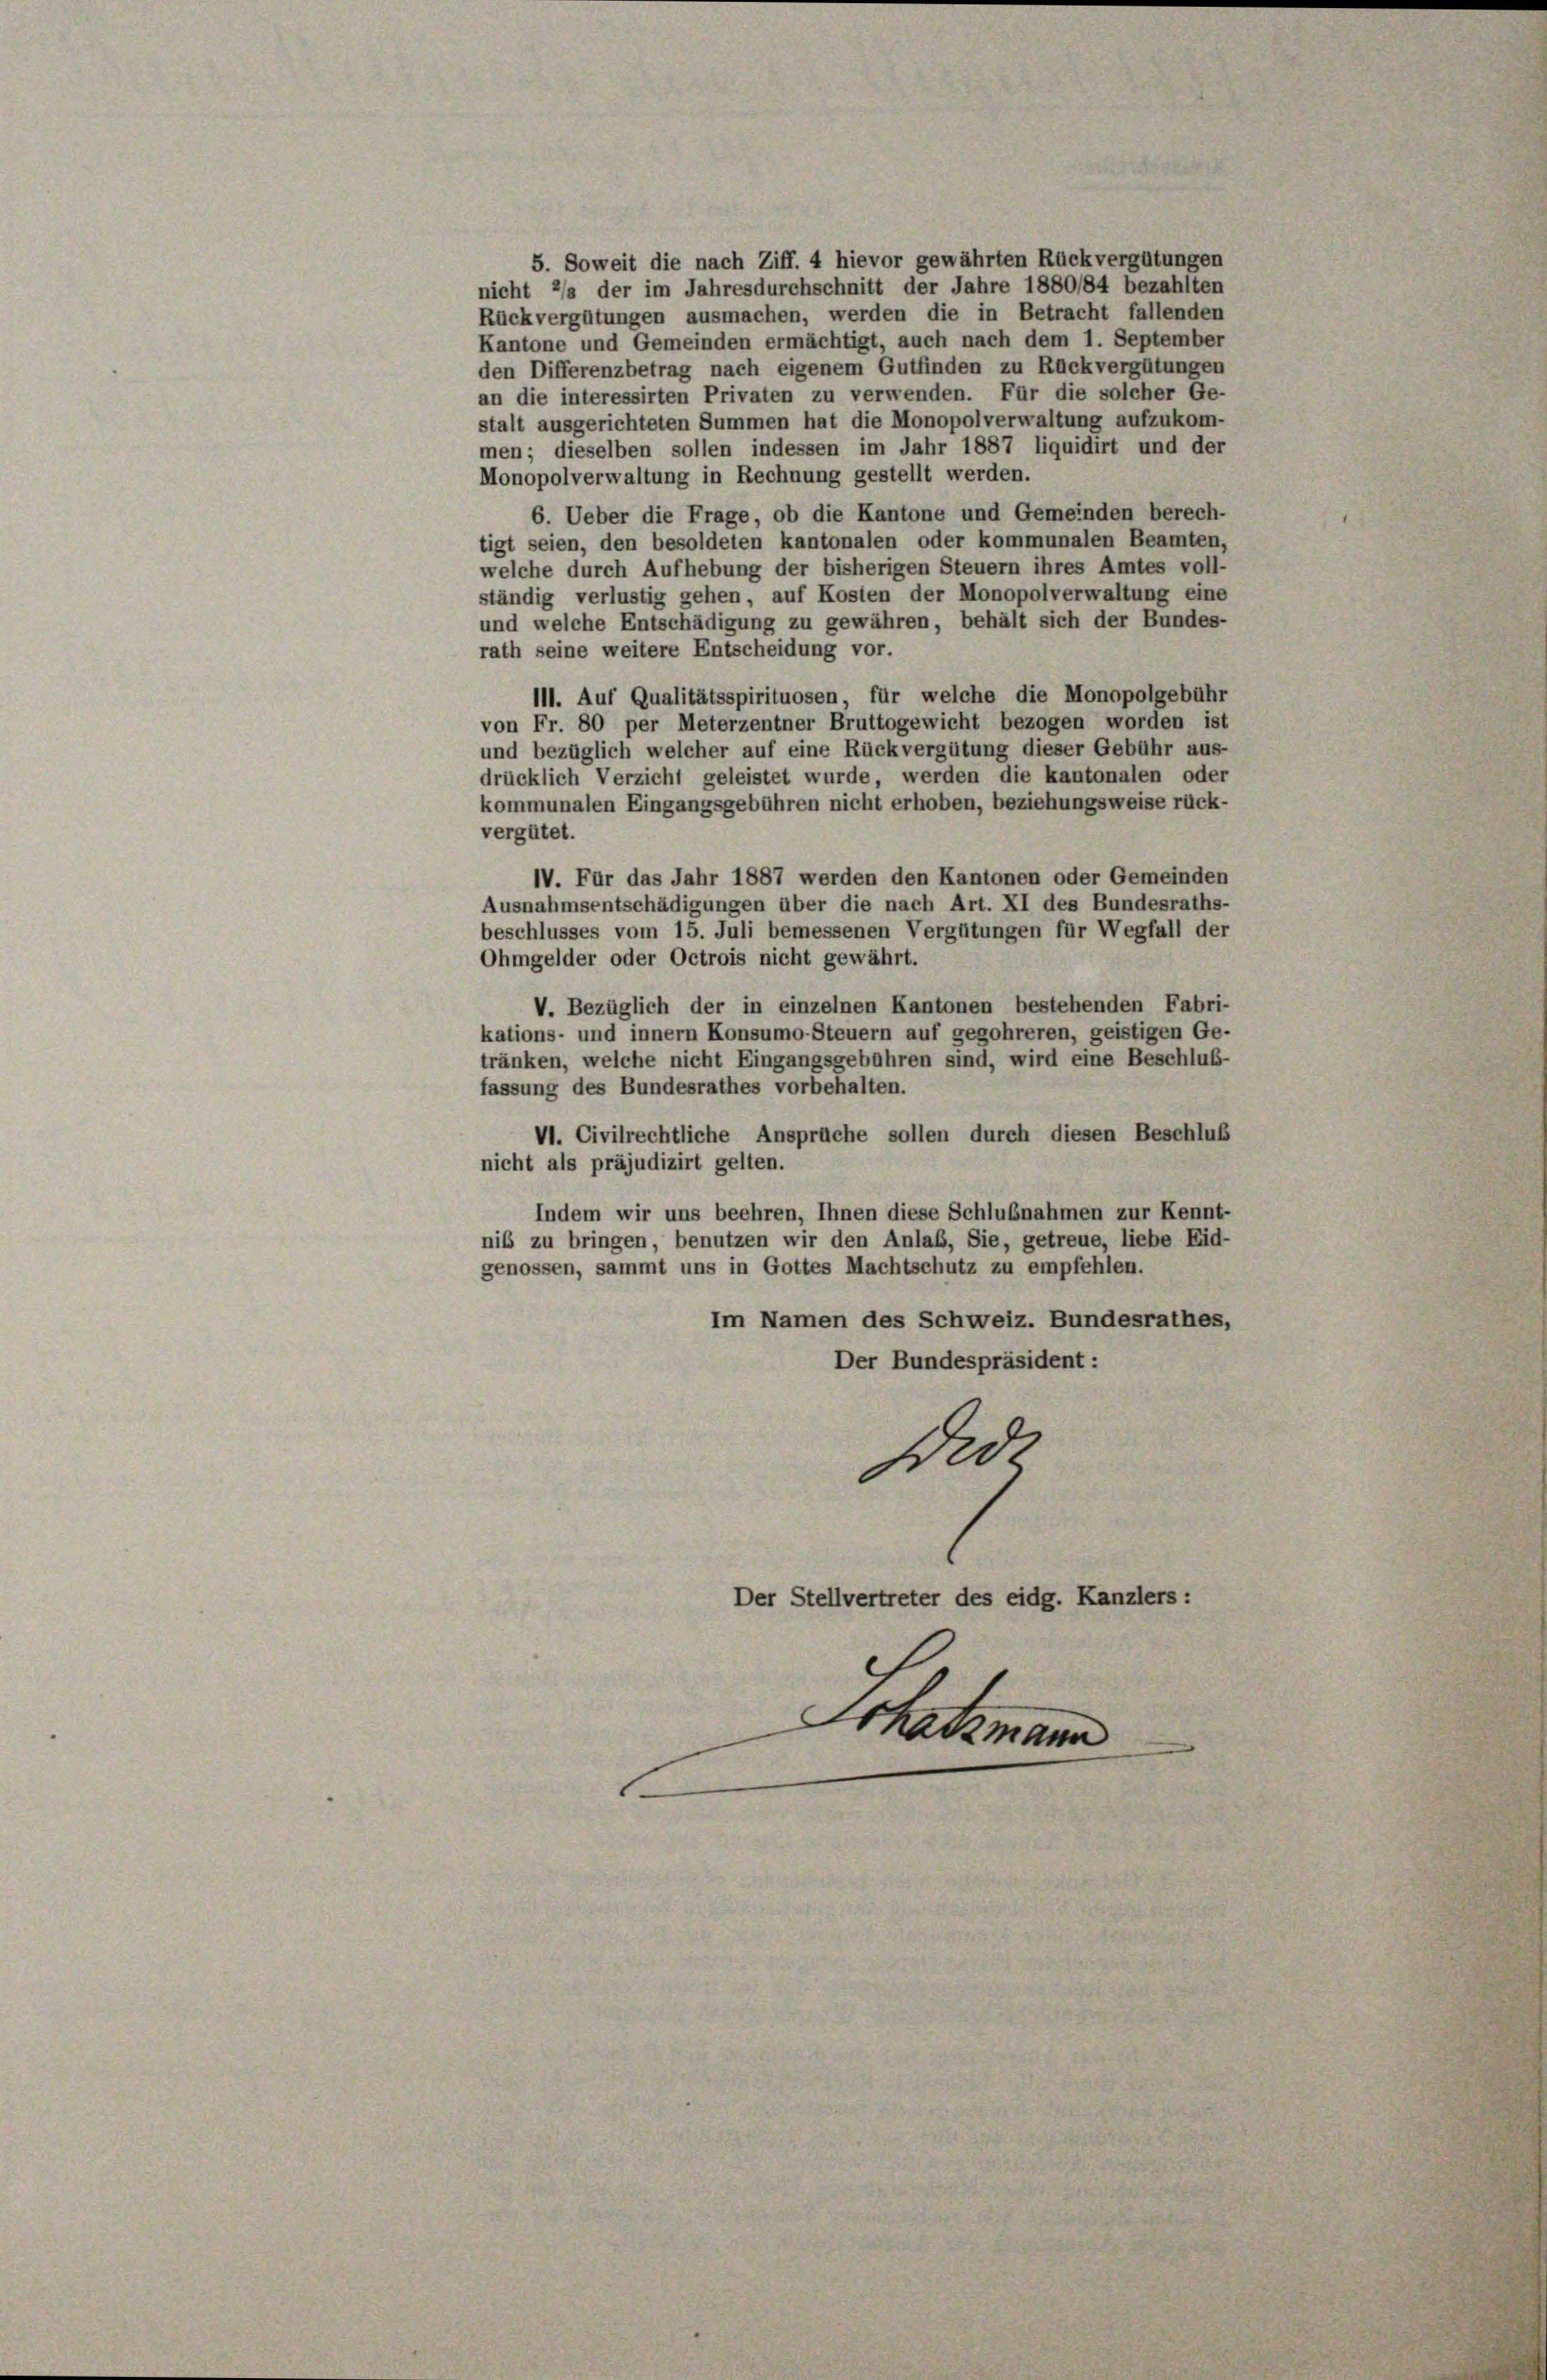
5. Soweit die nach Ziff. 4 hievor gewährten Rückvergütungen
nicht 2/s der im Jahresdurchschnitt der Jahre 1880/84 bezahlten
Rückvergütungen ausmachen, werden die in Betracht fallenden
Kantone und Gemeinden ermächtigt, auch nach dem 1. September
den Differenzbetrag nach eigenem Gutfinden zu Rückvergütungen
an die interessirten Privaten zu verwenden. Für die solcher Ge-
stalt ausgerichteten Summen hat die Monopolverwaltung aufzukom-
men; dieselben sollen indessen im Jahr 1887 liquidirt und der
Monopolverwaltung in Rechnung gestellt werden.
6. Ueber die Frage, ob die Kantone und Gemeinden berech-
tigt seien, den besoldeten kantonalen oder kommunalen Beamten,
welche durch Aufhebung der bisherigen Steuern ihres Amtes voll-
ständig verlustig gehen, auf Kosten der Monopolverwaltung eine
und welche Entschädigung zu gewähren, behält sich der Bundes-
rath seine weitere Entscheidung vor.
111. Auf Qualitätsspirituosen, für welche die Monopolgebühr
von Fr. 80 per Meterzentner Bruttogewicht bezogen worden ist
und bezüglich welcher auf eine Rückvergütung dieser Gebühr aus-
drücklich Verzicht geleistet wurde, werden die kantonalen oder
kommunalen Eingangsgebühren nicht erhoben, beziehungsweise rück-
vergütet.
IV. Für das Jahr 1887 werden den Kantonen oder Gemeinden
Ausnahmsentschädigungen über die nach Art. XI des Bundesraths-
beschlusses vom 15. Juli bemessenen Vergütungen für Wegfall der
Ohmgelder oder Octrois nicht gewährt.
V. Bezüglich der in einzelnen Kantonen bestehenden Fabri-
kations- und innern Konsumo-Steuern auf gegohreren, geistigen Ge-
tränken, welche nicht Eingangsgebühren sind, wird eine Beschluß-
fassung des Bundesrathes vorbehalten.
VI. Civilrechtliche Ansprüche sollen durch diesen Beschluß
nicht als präjudizirt gelten.
Indem wir uns beehren, Ihnen diese Schlußnahmen zur Kennt-
niß zu bringen, benutzen wir den Anlaß, Sie, getreue, liebe Eid-
genossen, sammt uns in Gottes Machtschutz zu empfehlen.
Im Namen des Schweiz. Bundesrathes,
Der Bundespräsident:
Fide
Der Stellvertreter des eidg. Kanzlers:
Schatzmann